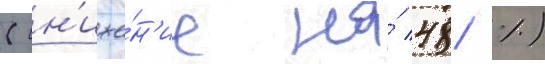
(сн'иже́н'ие на́ 48 %)